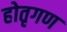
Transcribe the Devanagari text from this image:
होतृगण